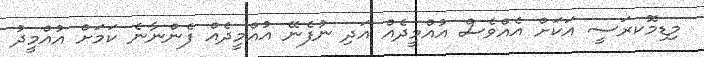
މިޑިމޮކރަސީ އަކަށް އެއްވެސް އުއްމީދެއް އަދި ނުފެނޭ އުއްމީދެއް ފެންނާނެ ކަމަށް އުއްމީދު